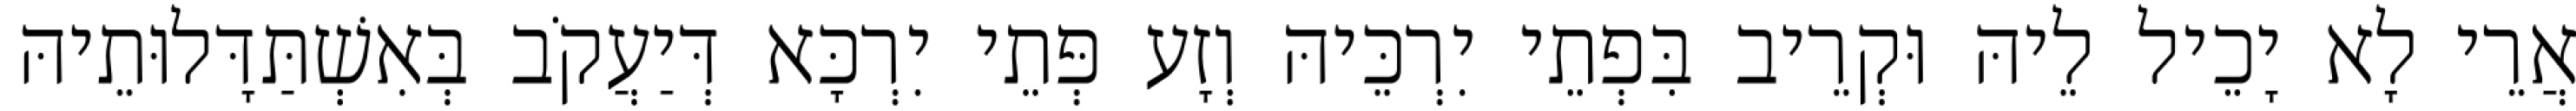
אֲרֵי לָא יָכֵיל לֵיהּ וּקְרֵיב בִּפְתֵי יִרְכֵּיהּ וְזָע פְּתֵי יִרְכָּא דְּיַעֲקֹב בְּאִשְׁתַּדָּלוּתֵיהּ